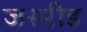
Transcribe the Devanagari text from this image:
जस्मीड